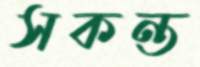
সকন্ত